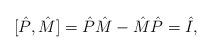
LaTeX: \begin{align*}[\hat{P},\hat{M}]=\hat{P}\hat{M}-\hat{M}\hat{P}=\hat{I},\end{align*}